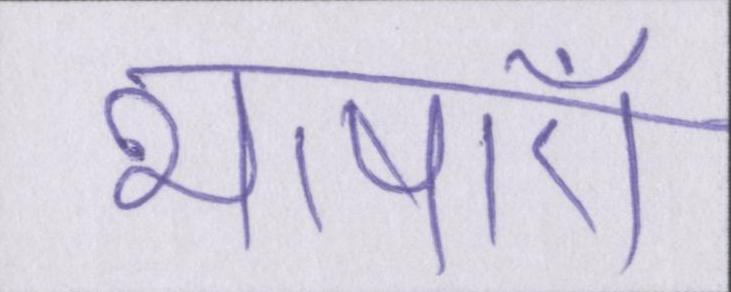
भाषाएँ